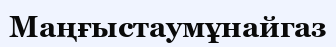
Маңғыстаумұнайгаз